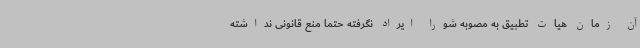
آن زمان هیات تطبیق به مصوبه شورا ایراد نگرفته حتما منع قانونی نداشته